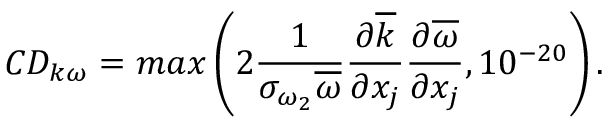
C D _ { k \omega } = m a x \left( 2 \frac { 1 } { \sigma _ { \omega _ { 2 } } \overline { { \omega } } } \frac { \partial \overline { { k } } } { \partial x _ { j } } \frac { \partial \overline { { \omega } } } { \partial x _ { j } } , 1 0 ^ { - 2 0 } \right) .